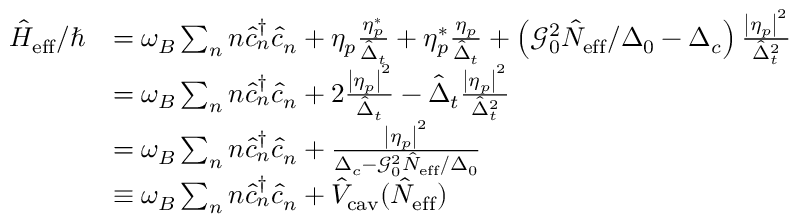
\begin{array} { r l } { \hat { H } _ { \mathrm { e f f } } / \hbar } & { = \omega _ { B } \sum _ { n } n \hat { c } _ { n } ^ { \dagger } \hat { c } _ { n } + \eta _ { p } \frac { \eta _ { p } ^ { * } } { \hat { \Delta } _ { t } } + \eta _ { p } ^ { * } \frac { \eta _ { p } } { \hat { \Delta } _ { t } } + \left( \mathcal { G } _ { 0 } ^ { 2 } \hat { N } _ { \mathrm { e f f } } / \Delta _ { 0 } - \Delta _ { c } \right) \frac { \left| \eta _ { p } \right| ^ { 2 } } { \hat { \Delta } _ { t } ^ { 2 } } } \\ & { = \omega _ { B } \sum _ { n } n \hat { c } _ { n } ^ { \dagger } \hat { c } _ { n } + 2 \frac { \left| \eta _ { p } \right| ^ { 2 } } { \hat { \Delta } _ { t } } - \hat { \Delta } _ { t } \frac { \left| \eta _ { p } \right| ^ { 2 } } { \hat { \Delta } _ { t } ^ { 2 } } } \\ & { = \omega _ { B } \sum _ { n } n \hat { c } _ { n } ^ { \dagger } \hat { c } _ { n } + \frac { \left| \eta _ { p } \right| ^ { 2 } } { \Delta _ { c } - \mathcal { G } _ { 0 } ^ { 2 } \hat { N } _ { \mathrm { e f f } } / \Delta _ { 0 } } } \\ & { \equiv \omega _ { B } \sum _ { n } n \hat { c } _ { n } ^ { \dagger } \hat { c } _ { n } + \hat { V } _ { \mathrm { c a v } } ( \hat { N } _ { \mathrm { e f f } } ) } \end{array}